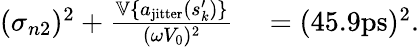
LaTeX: \begin{array}{rl}{(\sigma_{n2})^{2}+\frac{\mathbb{V}\{ a_{\mathrm{jitter}}(s_{k}^{\prime})\} }{(\omega V_{0})^{2}}}&{{}=(45.9\mathrm{ps})^{2}.}\end{array}